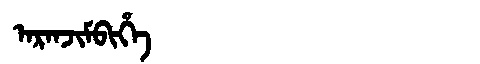
Manchu: ᠠᡵᠠᠨᠵᡳᠮᠪᡳᡥᡝ
Romanization: ARANJIMBIHE